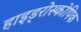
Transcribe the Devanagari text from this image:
हाइड्रोस्कोपिक